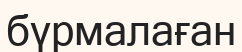
бүрмалаған